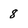
Character: 8